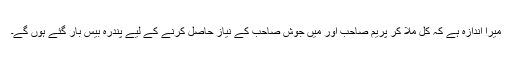
میرا اندازہ ہے کہ کل ملا کر پریم صاحب اور میں جوش صاحب کے نیاز حاصل کرنے کے لیے پندرہ بیس بار گئے ہوں گے۔